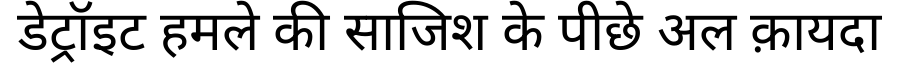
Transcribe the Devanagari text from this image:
डेट्रॉइट हमले की साजिश के पीछे अल क़ायदा